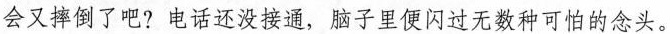
会又摔倒了吧?电话还没接通，脑子里便闪过无数种可怕的念头。